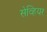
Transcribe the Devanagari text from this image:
सेव्हियर